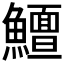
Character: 𱇃